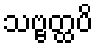
သဗ္ဗတ္ထပိ